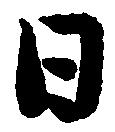
日